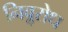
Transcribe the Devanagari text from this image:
निॢवरोध